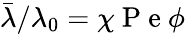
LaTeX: \bar{\lambda}/\lambda_{0}=\chi\mathrm{~P~e~}\phi